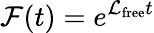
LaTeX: \mathcal{F}(t)=e^{\mathcal{L}_{\mathrm{free}}t}